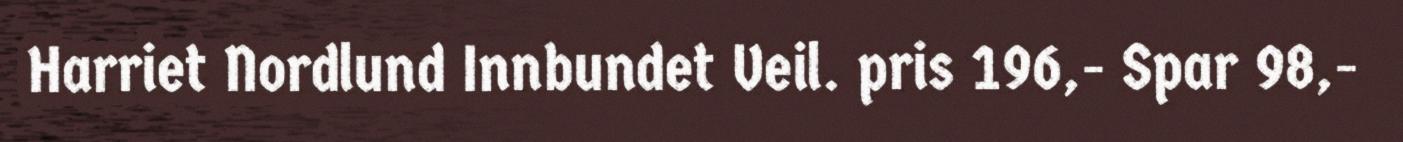
Harriet Nordlund Innbundet Veil. pris 196,- Spar 98,-